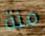
منة